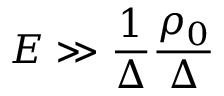
E \gg \frac { 1 } { \Delta } \frac { \rho _ { 0 } } { \Delta }